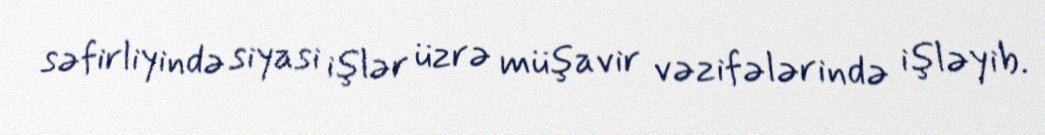
səfirliyində siyasi işlər üzrə müşavir vəzifələrində işləyib.